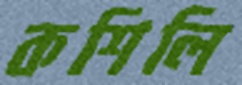
কশিলি